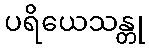
ပရိယေသန္တု